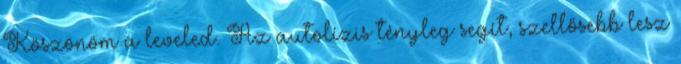
Köszönöm a leveled. Az autolízis tényleg segít, szellősebb lesz